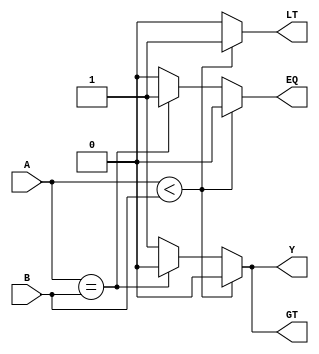
module comparator_4bit(
    input [3:0] A,
    input [3:0] B,
    output reg LT,
    output reg EQ,
    output reg GT,
    output reg Y
);

always @* begin
    if(A < B) begin
        LT = 1;
        EQ = 0;
        GT = 0;
        Y = 0;
    end
    else if(A == B) begin
        LT = 0;
        EQ = 1;
        GT = 0;
        Y = 0;
    end
    else begin
        LT = 0;
        EQ = 0;
        GT = 1;
        Y = 1;
    end
end

endmodule